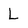
Character: L